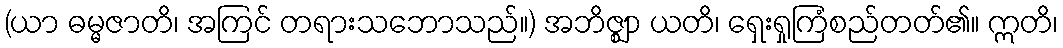
(ယာ ဓမ္မဇာတိ၊ အကြင် တရားသဘောသည်။) အဘိဇ္ဈာ ယတိ၊ ရှေးရှုကြံစည်တတ်၏။ ဣတိ၊